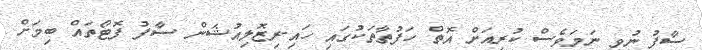
ސާފު ނުވި ނަމަވެސް ކުރިއަށް އޮތް ހަފުތާތަކުގައި ހައި-ރިޒޮލިއުޝަން ސާފު ފޮޓޯތައް ބިމަށް